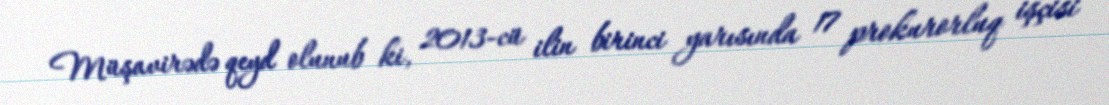
Müşavirədə qeyd olunub ki, 2013-cü ilin birinci yarısında 17 prokurorluq işçisi